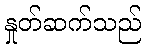
နှုတ်ဆက်သည်